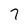
Character: 7